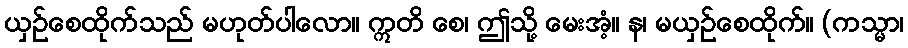
ယှဉ်စေထိုက်သည် မဟုတ်ပါလော။ ဣတိ စေ၊ ဤသို့ မေးအံ့။ န၊ မယှဉ်စေထိုက်။ (ကသ္မာ၊